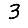
Digit: 3